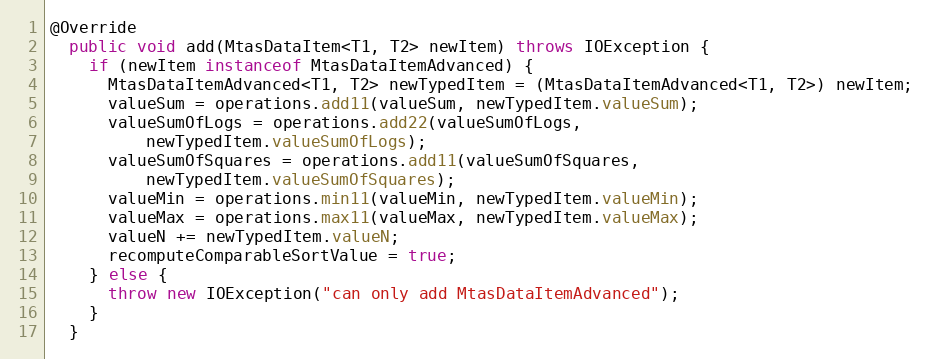
Language: Java
@Override
  public void add(MtasDataItem<T1, T2> newItem) throws IOException {
    if (newItem instanceof MtasDataItemAdvanced) {
      MtasDataItemAdvanced<T1, T2> newTypedItem = (MtasDataItemAdvanced<T1, T2>) newItem;
      valueSum = operations.add11(valueSum, newTypedItem.valueSum);
      valueSumOfLogs = operations.add22(valueSumOfLogs,
          newTypedItem.valueSumOfLogs);
      valueSumOfSquares = operations.add11(valueSumOfSquares,
          newTypedItem.valueSumOfSquares);
      valueMin = operations.min11(valueMin, newTypedItem.valueMin);
      valueMax = operations.max11(valueMax, newTypedItem.valueMax);
      valueN += newTypedItem.valueN;
      recomputeComparableSortValue = true;
    } else {
      throw new IOException("can only add MtasDataItemAdvanced");
    }
  }